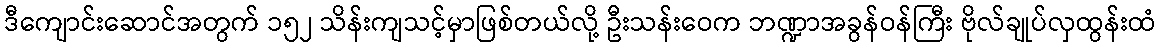
ဒီကျောင်းဆောင်အတွက် ၁၅၂ သိန်းကျသင့်မှာဖြစ်တယ်လို့ ဦးသန်းဝေက ဘဏ္ဍာအခွန်ဝန်ကြီး ဗိုလ်ချုပ်လှထွန်းထံ